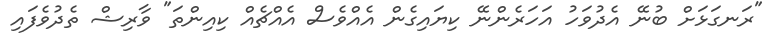
"ރަނގަޅަށް ބުނޭ އެދުވަހު އަހަރެންނޭ ކިޔައިގެން އެއްވެސް އެއްޗެއް ކިއިންތަ" ވާރިޝް ތެދުވެފައި